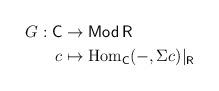
LaTeX: \begin{align*}G: \mathsf{C} &\rightarrow \mathsf{Mod\,R}\\c &\mapsto \textnormal{Hom}_{\mathsf{C}}(-,\Sigma c)|_{\mathsf{R}}\end{align*}